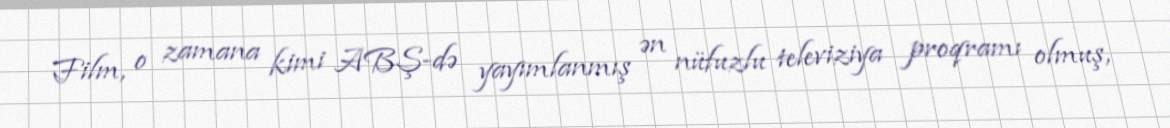
Film, o zamana kimi ABŞ-də yayımlanmış ən nüfuzlu televiziya proqramı olmuş,